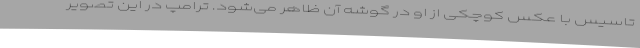
تاسیس با عکس کوچکی از او در گوشه آن ظاهر می‌شود. ترامپ در این تصویر